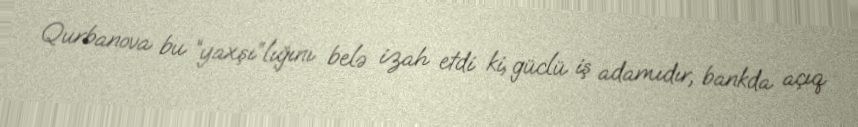
Qurbanova bu “yaxşı”lığını belə izah etdi ki, güclü iş adamıdır, bankda açıq